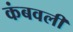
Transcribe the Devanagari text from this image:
कंबवली